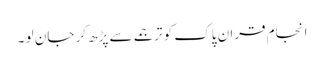
انجام قران پاک کو ترجمے سے پڑھ کر جان لو ۔